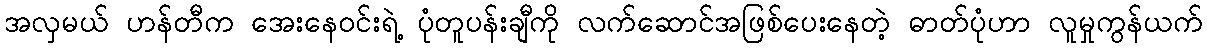
အလှမယ် ဟန်တီက အေးနေဝင်းရဲ့ ပုံတူပန်းချီကို လက်ဆောင်အဖြစ်ပေးနေတဲ့ ဓာတ်ပုံဟာ လူမှုကွန်ယက်